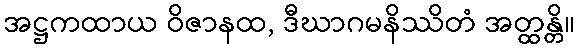
အဋ္ဌကထာယ ဝိဇာနထ, ဒီဃာဂမနိဿိတံ အတ္ထန္တိ။